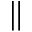
{ \| }